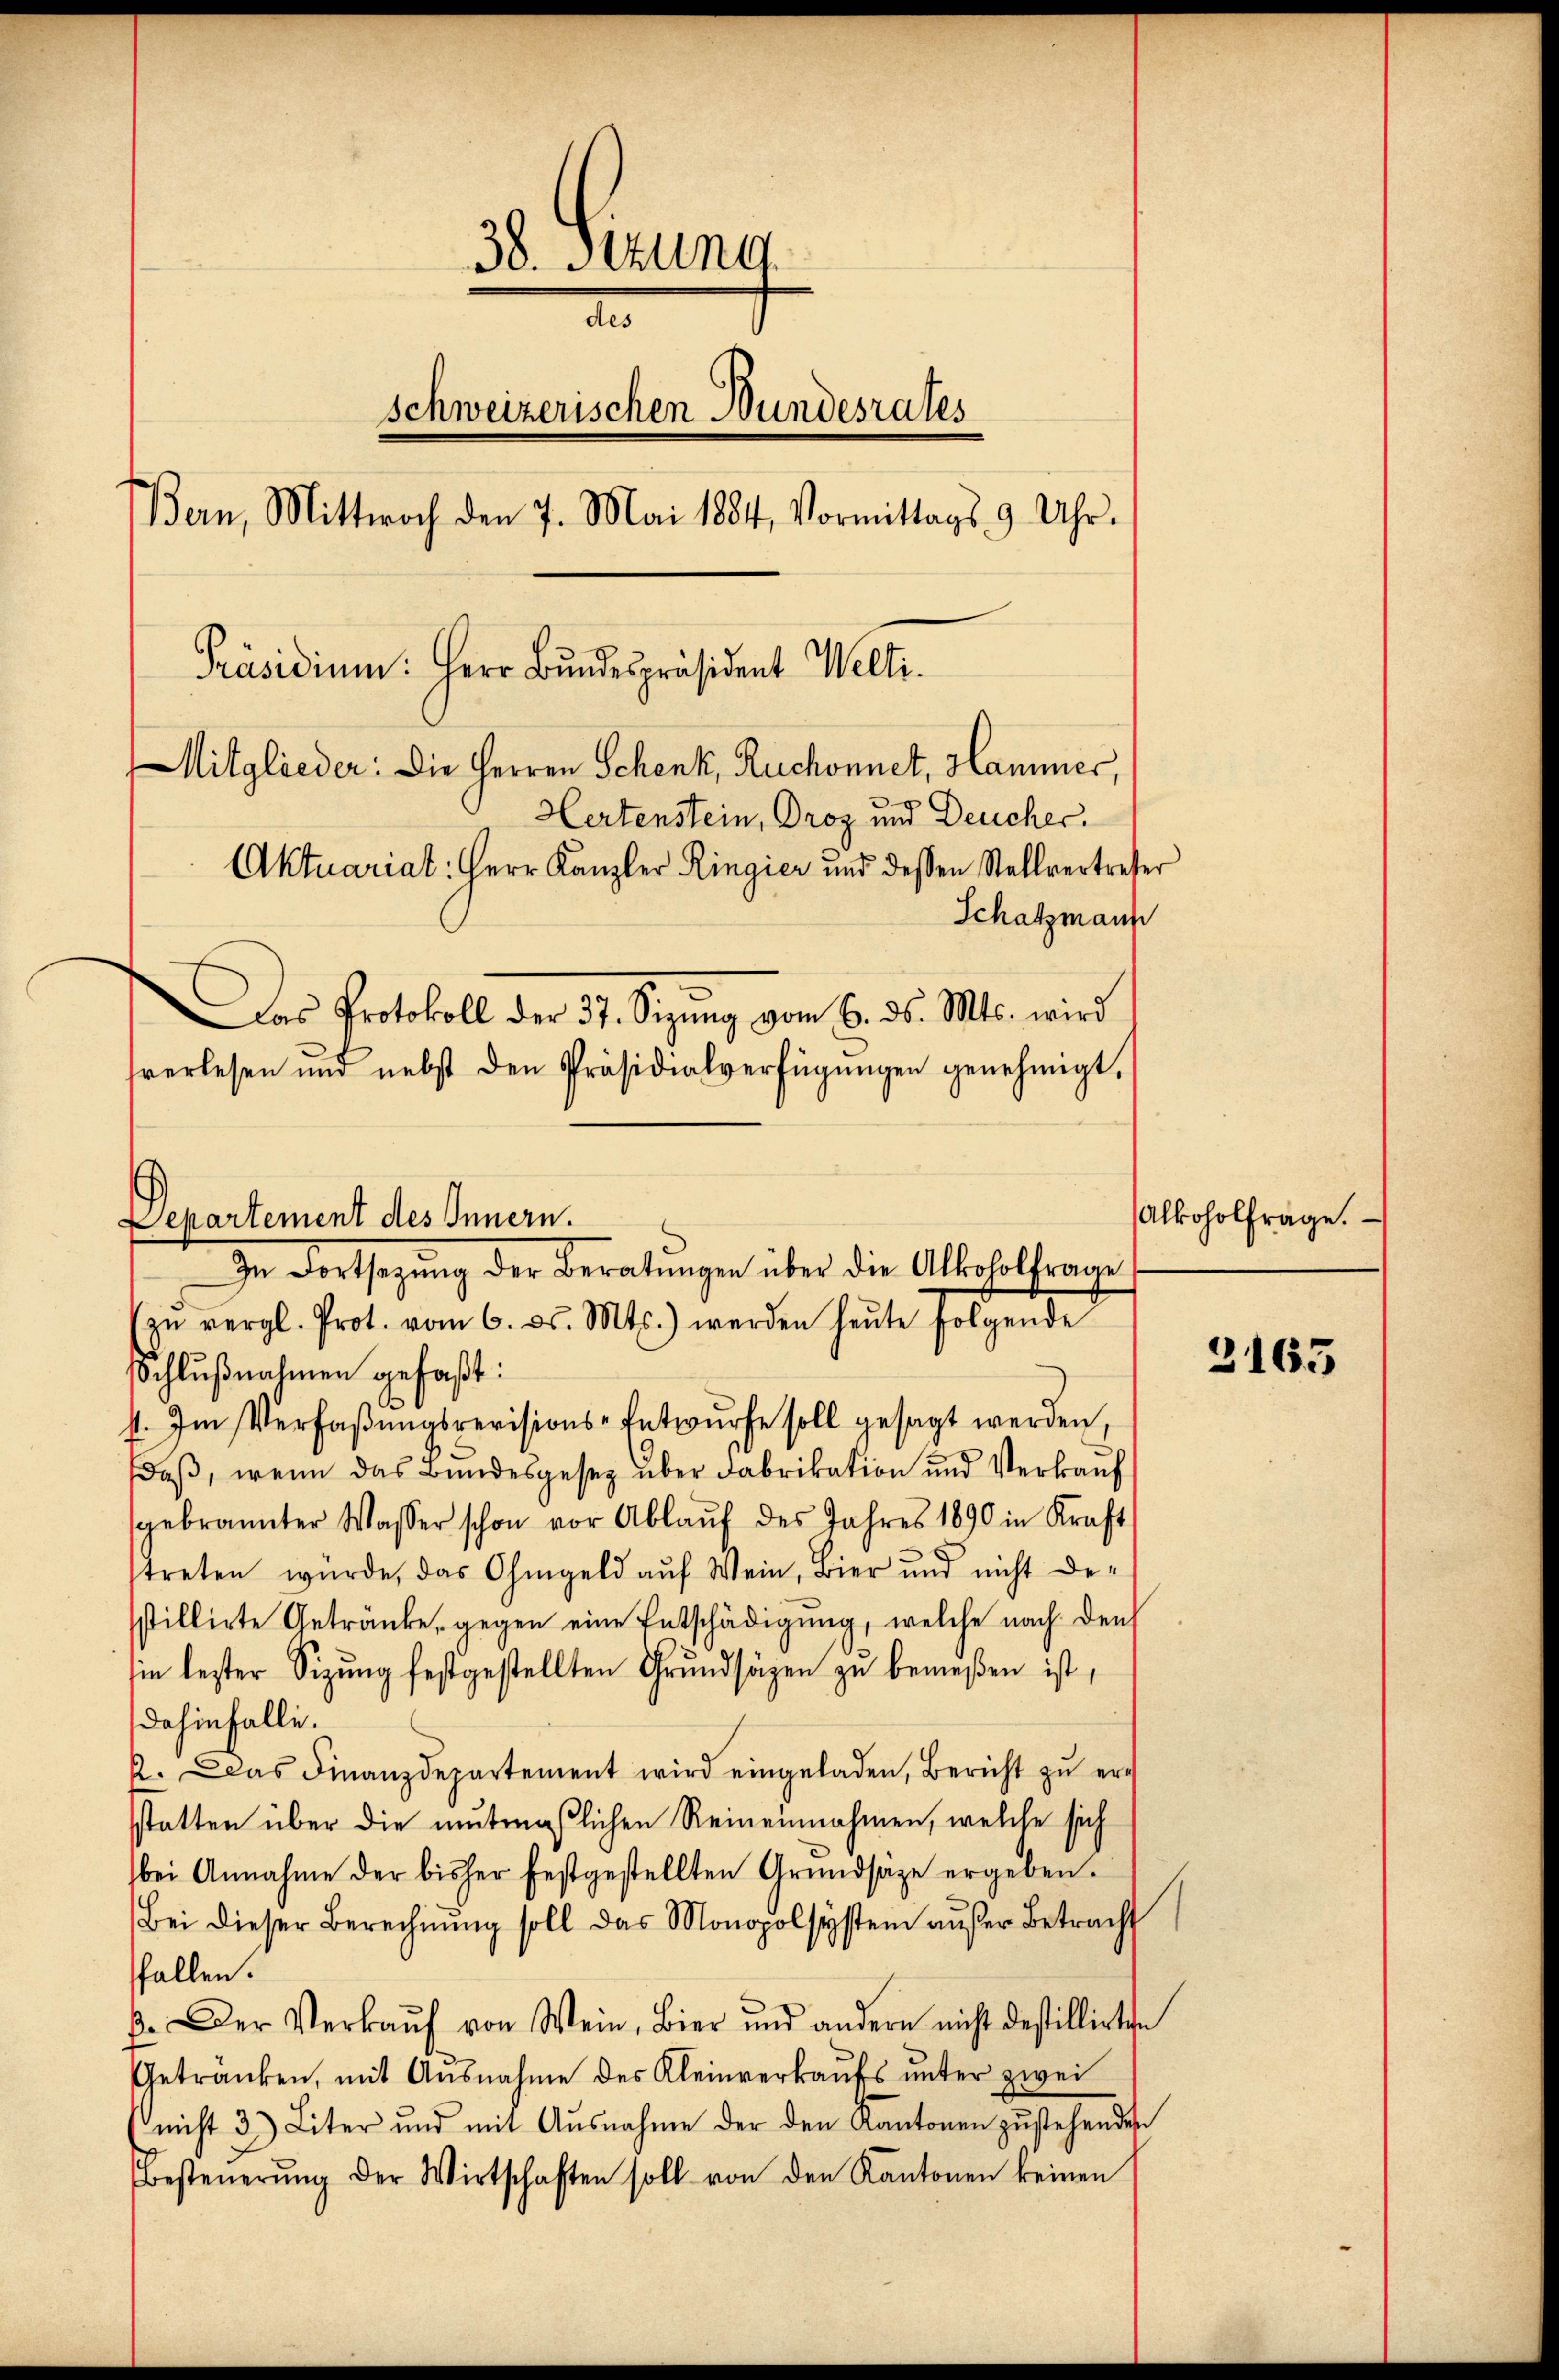
38. Stund
des
schweizerischen Bundesrates
Bern, Mittwoch den 7. Mai 1884, Vormittags 9 Uhr.
Präsidium. Herr Bŭndespräsident Welti.
Mitglieder: Die Herren Schenk, Ruchonnet, Hammer,
Hertenstein, Droz und Deucher.
Aktuariat: Herr Kanzler Ringier und dessen Stellvertreter
Schatzmann

In Fortsetzŭng der Beratungen über die Allerholfrage
zŭ vergl. Prot. vom 6. ds. Mts.) werden heŭte folgende
schlußnahmen gefaßt:
4. Im Verfaßungsrevisions-Entwurfe soll gesagt werden,
daß, wenn das Bundesgesetz über Fabrikation und Verkauf
sgebrannter Wasser schon vor Ablaŭf des Jahres 1890 in Kraft
treten würde, das Ohmgeld aŭf Wein, Bier und nicht de-
sstillirte Getränke, gegen eine Entschädigŭng, welche nach den
sin lester Sitzung festgestellten Grundsäzen zu bemeßen ist,
dahinfalle.
2. Das Finanzdepartement wird eingeladen, Bericht zŭ er-
statten über die mutmaßlichen Reineinnahmen, welche sich
bei Annahme der bisher festgestellten Grundsätze ergeben.
Bei dieser Berechnung soll das Monopolsystem außer Betracht
fallen.
p. Der Verkaŭf von Wein, Bier und andern nicht destillirten
Getränken, mit Ausnahme des Kleinverkaŭfs ŭnter zwei
(nicht 3 Liter und mit Ausnahme der den Kantonen zustehenden
Besteŭerŭng der Wirtschaften soll von den Kantonen keinen

Das Protokoll der 37. Sizŭng vom 6. ds. Mts. wird
sverlesen und nebst den Präsidialverfügŭngen genehmigt.

Departement des Innern.

Alkoholfrage.

3163